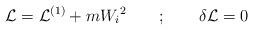
LaTeX: \begin{align*}{\cal L} = {\cal L}^{(1)} + m{W_i}^2 \quad\quad;\quad\quad \delta{\cal L} = 0\end{align*}